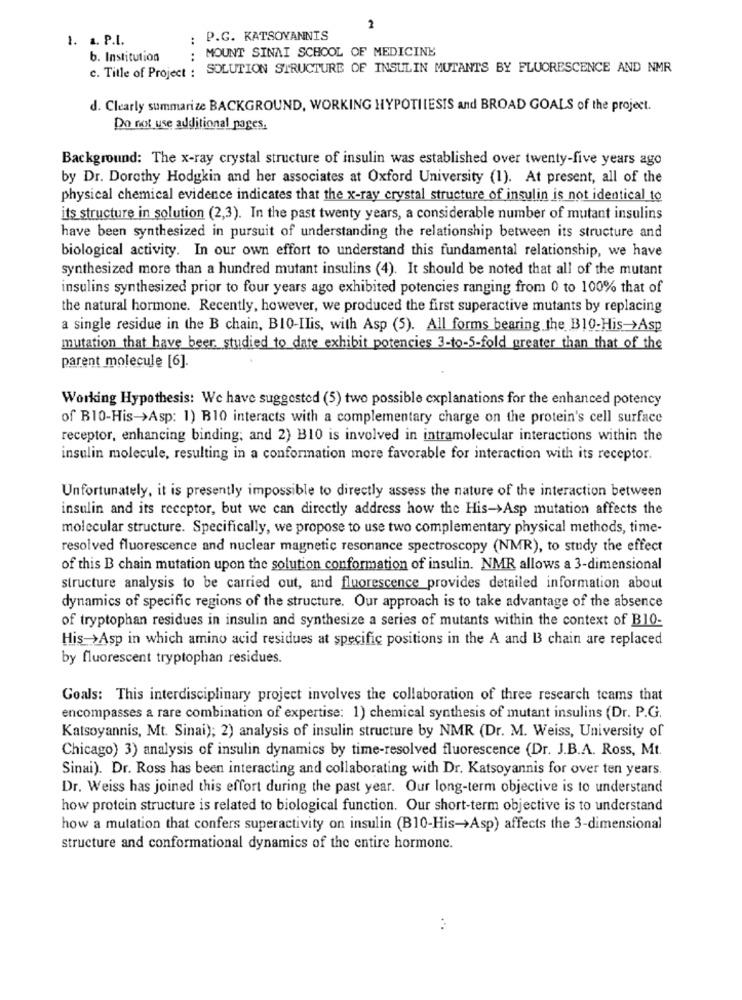
2
1. a. P.I.
: P.G. KATSOYANNIS
MOUNT SINAI SCHOOL OF MEDICINE
b. Institution
:
c. Title of Project : SOLUTION STRUCTURE OF INSULIN MUTANTS BY FLUORESCENCE AND NMR
d. Clearly summarize BACKGROUND, WORKING HYPOTHESIS and BROAD GOALS of the project.
Do not use additional pages.
Background: The x-ray crystal structure of insulin was established over twenty-five years ago
by Dr. Dorothy Hodgkin and her associates at Oxford University (1). At present, all of the
physical chemical evidence indicates that the x-ray crystal structure of insulin is not identical to
its structure in solution (2,3). In the past twenty years, a considerable number of mutant insulins
have been synthesized in pursuit of understanding the relationship between its structure and
biological activity. In our own effort to understand this fundamental relationship, we have
synthesized more than a hundred mutant insulins (4). It should be noted that all of the mutant
insulins synthesized prior to four years ago exhibited potencies ranging from 0 to 100% that of
the natural hormone. Recently, however, we produced the first superactive mutants by replacing
a single residue in the B chain, BIO-Ilis, with Asp (5). All forms bearing the B10-His->Asp
mutation that have beer, studied to date exhibit potencies 3-to-5-fold greater than that of the
parent molecule [6].
Working Hypothesis: We have suggested (5) two possible explanations for the enhanced potency
of B10-His->Asp: 1) B10 interacts with a complementary charge on the protein's cell surface
receptor, enhancing binding; and 2) B10 is involved in intramolecular interactions within the
insulin molecule, resulting in a conformation more favorable for interaction with its receptor.
Unfortunately, it is presently impossible to directly assess the nature of the interaction between
insulin and its receptor, but we can directly address how the His->Asp mutation affects the
molecular structure. Specifically, we propose to use two complementary physical methods, time-
resolved fluorescence and nuclear magnetic resonance spectroscopy (NMR), to study the effect
of this B chain mutation upon the solution conformation of insulin. NMR allows a 3-dimensional
structure analysis to be carried out, and fluorescence provides detailed information about
dynamics of specific regions of the structure. Our approach is to take advantage of the absence
of tryptophan residues in insulin and synthesize a series of mutants within the context of B10-
His->Asp in which amino acid residues at specific positions in the A and B chain are replaced
by fluorescent tryptophan residues.
Goals: This interdisciplinary project involves the collaboration of three research teams that
encompasses a rare combination of expertise: 1) chemical synthesis of mutant insulins (Dr. P.G.
Katsoyannis, Mt. Sinai); 2) analysis of insulin structure by NMR (Dr. M. Weiss, University of
Chicago) 3) analysis of insulin dynamics by time-resolved fluorescence (Dr. J.B.A. Ross, Mt.
Sinai). Dr. Ross has been interacting and collaborating with Dr. Katsoyannis for over ten years.
Dr. Weiss has joined this effort during the past year. Our long-term objective is to understand
how protein structure is related to biological function. Our short-term objective is to understand
how a mulation that confers superactivity on insulin (B10-His->Asp) affects the 3-dimensional
structure and conformational dynamics of the entire hormonc.